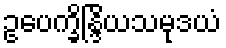
ဥပေက္ခိန္ဒြိယသမုဒယံ